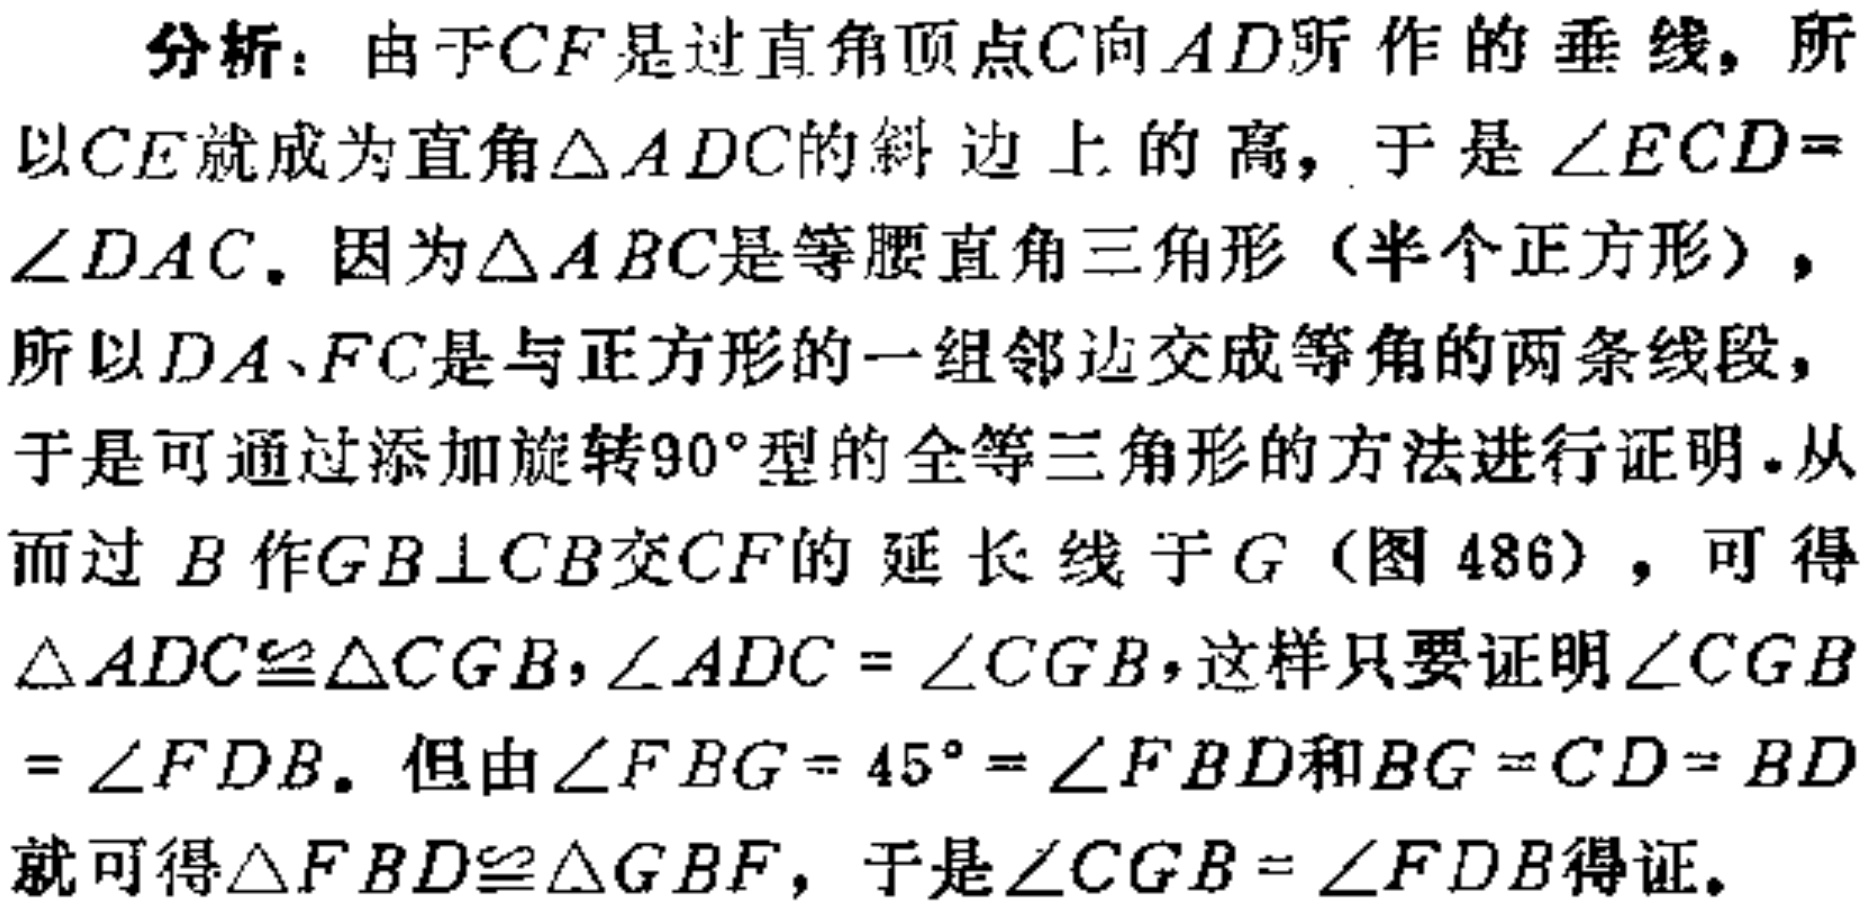
分析：由于\(CF\)是过直角顶点\(C\)向\(AD\)所作的垂线，所以\(CE\)就成为直角\(\triangle ADC\)的斜边上的高，于是\(\angle ECD = \angle DAC\)。因为\(\triangle ABC\)是等腰直角三角形（半个正方形），所以\(DA\)、\(FC\)是与正方形的一组邻边交成等角的两条线段，于是可通过添加旋转\(90^{\circ}\)型的全等三角形的方法进行证明。从而过\(B\)作\(GB\perp CB\)交\(CF\)的延长线于\(G\)（图486），可得\(\triangle ADC\cong\triangle CGB\)，\(\angle ADC = \angle CGB\)，这样只要证明\(\angle CGB = \angle FDB\)。但由\(\angle FBG = 45^{\circ} = \angle FBD\)和\(BG = CD = BD\)就可得\(\triangle FBD\cong\triangle GBF\)，于是\(\angle CGB = \angle FDB\)得证。